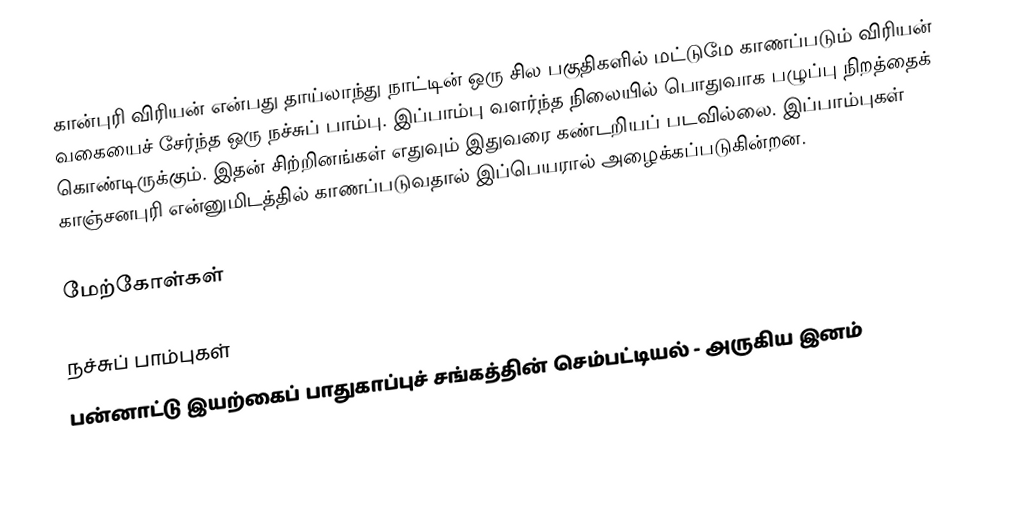
கான்புரி விரியன் என்பது தாய்லாந்து நாட்டின் ஒரு சில பகுதிகளில் மட்டுமே காணப்படும் விரியன் வகையைச் சேர்ந்த ஒரு நச்சுப் பாம்பு. இப்பாம்பு வளர்ந்த நிலையில் பொதுவாக பழுப்பு நிறத்தைக் கொண்டிருக்கும். இதன் சிற்றினங்கள் எதுவும் இதுவரை கண்டறியப் படவில்லை. இப்பாம்புகள் காஞ்சனபுரி என்னுமிடத்தில் காணப்படுவதால் இப்பெயரால் அழைக்கப்படுகின்றன.

மேற்கோள்கள்

நச்சுப் பாம்புகள்
பன்னாட்டு இயற்கைப் பாதுகாப்புச் சங்கத்தின் செம்பட்டியல் - அருகிய இனம்